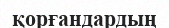
қорғандардың